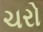
ચરો